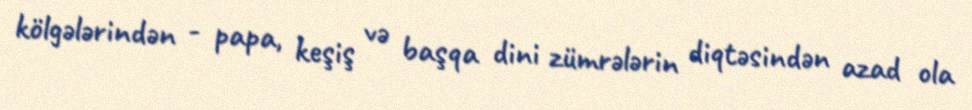
kölgələrindən - papa, keşiş və başqa dini zümrələrin diqtəsindən azad ola